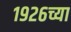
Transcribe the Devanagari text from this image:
१९२६च्या